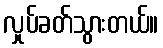
လှုပ်ခတ်သွားတယ်။